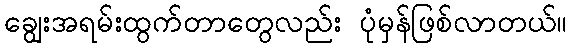
ချွေးအရမ်းထွက်တာတွေလည်း ပုံမှန်ဖြစ်လာတယ်။